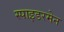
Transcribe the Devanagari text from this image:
स्पाइडरमेन